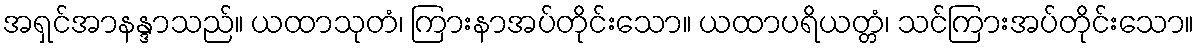
အရှင်အာနန္ဒာသည်။ ယထာသုတံ၊ ကြားနာအပ်တိုင်းသော။ ယထာပရိယတ္တံ၊ သင်ကြားအပ်တိုင်းသော။